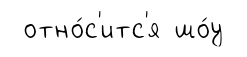
отно́с'итс'я шо́у